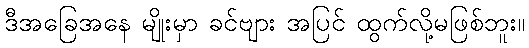
ဒီအခြေအနေ မျိုးမှာ ခင်ဗျား အပြင် ထွက်လို့မဖြစ်ဘူး။